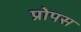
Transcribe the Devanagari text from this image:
प्रोपस